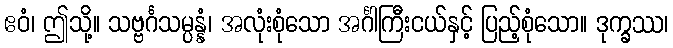
ဧဝံ၊ ဤသို့။ သဗ္ဗင်္ဂသမ္ပန္နံ၊ အလုံးစုံသော အင်္ဂါကြီးငယ်နှင့် ပြည့်စုံသော။ ဒုက္ခဿ၊